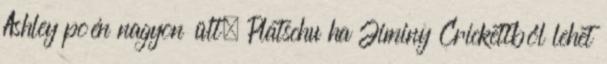
Ashley poén nagyon ült. Platschu ha Jiminy Crickettből lehet